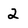
Character: 2